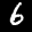
Label: 6